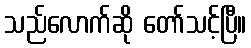
သည်လောက်ဆို တော်သင့်ပြီ။